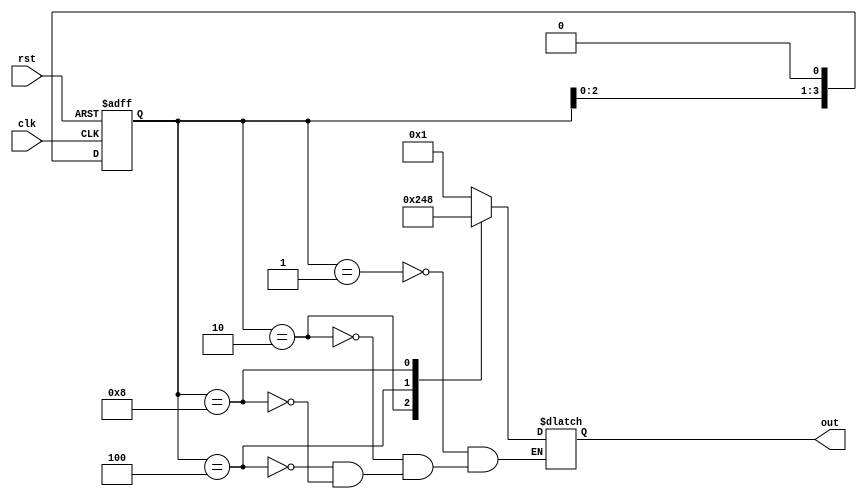
module ring_counter(
    input clk,
    input rst,
    output reg [3:0] out
);

reg [3:0] state;

always @(posedge clk or posedge rst)
begin
    if (rst)
        state <= 4'b0001;
    else
        state <= state << 1;
end

always @(state)
begin
    case (state)
        4'b0001: out <= 4'b0001;
        4'b0010: out <= 4'b0010;
        4'b0100: out <= 4'b0100;
        4'b1000: out <= 4'b1000;
    endcase
end

endmodule